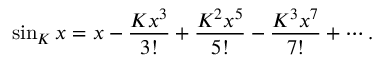
\sin _ { K } x = x - { \frac { K x ^ { 3 } } { 3 ! } } + { \frac { K ^ { 2 } x ^ { 5 } } { 5 ! } } - { \frac { K ^ { 3 } x ^ { 7 } } { 7 ! } } + \cdots .